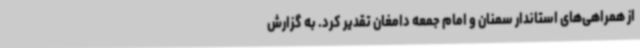
از همراهی‌های استاندار سمنان و امام جمعه دامغان تقدیر کرد. به گزارش